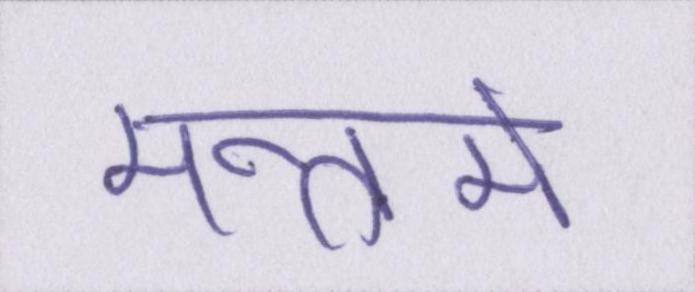
मन्त्रमें